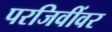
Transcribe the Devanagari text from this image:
परजिवींवर